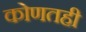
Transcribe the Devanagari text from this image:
कोणतही